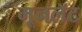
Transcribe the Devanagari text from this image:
मूनलॅट